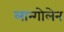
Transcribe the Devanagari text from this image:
लान्गोलेन